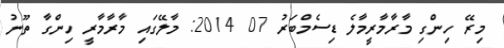
މިރޭ ހިންގި މާރާމާރީމާލެ ޑިސެމްބަރު 07 2014: މާލޭގައި މާރާމާރީ ހިންގާ ތޫނު